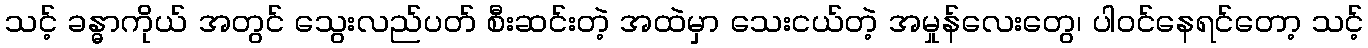
သင့် ခန္ဓာကိုယ် အတွင် သွေးလည်ပတ် စီးဆင်းတဲ့ အထဲမှာ သေးငယ်တဲ့ အမှုန်လေးတွေ၊ ပါဝင်နေရင်တော့ သင့်